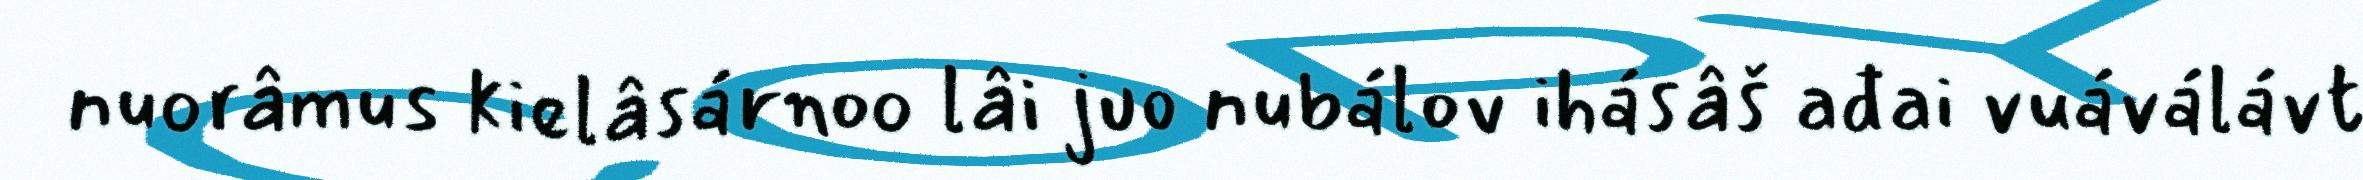
nuorâmus kielâsárnoo lâi juo nubálov ihásâš ađai vuáválávt